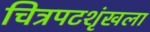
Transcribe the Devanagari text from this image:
चित्रपटशृंखला